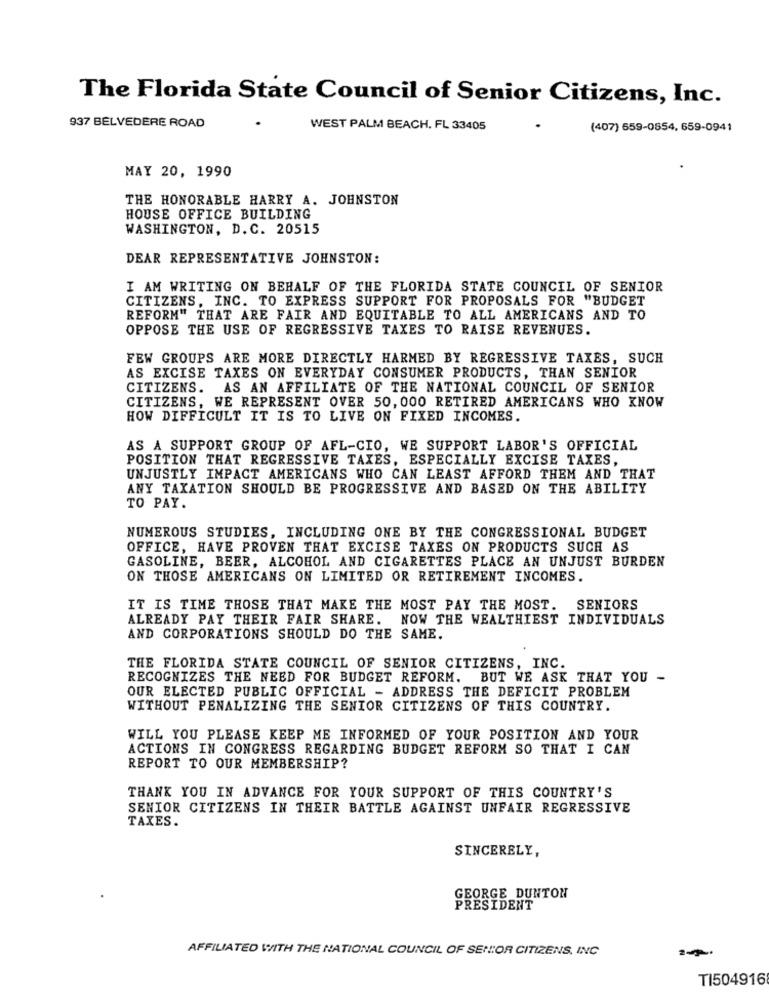
The Florida State Council of Senior Citizens, Inc.
937 BELVEDERE ROAD
WEST PALM BEACH, FL 33405
(407) 659-0854, 659-0941
MAY 20, 1990
THE HONORABLE HARRY A. JOHNSTON
HOUSE OFFICE BUILDING
WASHINGTON, D. C. 20515
DEAR REPRESENTATIVE JOHNSTON:
I AM WRITING ON BEHALF OF THE FLORIDA STATE COUNCIL OF SENIOR
CITIZENS, INC. TO EXPRESS SUPPORT FOR PROPOSALS FOR "BUDGET
REFORM" THAT ARE FAIR AND EQUITABLE TO ALL AMERICANS AND TO
OPPOSE THE USE OF REGRESSIVE TAXES TO RAISE REVENUES.
FEW GROUPS ARE MORE DIRECTLY HARMED BY REGRESSIVE TAXES, SUCH
AS EXCISE TAXES ON EVERYDAY CONSUMER PRODUCTS, THAN SENIOR
CITIZENS. AS AN AFFILIATE OF THE NATIONAL COUNCIL OF SENIOR
CITIZENS, WE REPRESENT OVER 50, 000 RETIRED AMERICANS WHO KNOW
HOW DIFFICULT IT IS TO LIVE ON FIXED INCOMES.
AS A SUPPORT GROUP OF AFL-CIO, WE SUPPORT LABOR'S OFFICIAL
POSITION THAT REGRESSIVE TAXES, ESPECIALLY EXCISE TAXES,
UNJUSTLY IMPACT AMERICANS WHO CAN LEAST AFFORD THEM AND THAT
ANY TAXATION SHOULD BE PROGRESSIVE AND BASED ON THE ABILITY
TO PAY.
NUMEROUS STUDIES, INCLUDING ONE BY THE CONGRESSIONAL BUDGET
OFFICE, HAVE PROVEN THAT EXCISE TAXES ON PRODUCTS SUCH AS
GASOLINE, BEER, ALCOHOL AND CIGARETTES PLACE AN UNJUST BURDEN
ON THOSE AMERICANS ON LIMITED OR RETIREMENT INCOMES.
IT IS TIME THOSE THAT MAKE THE MOST PAY THE MOST. SENIORS
ALREADY PAY THEIR FAIR SHARE.
NOW THE WEALTHIEST INDIVIDUALS
AND CORPORATIONS SHOULD DO THE SAME.
THE FLORIDA STATE COUNCIL OF SENIOR CITIZENS, INC.
RECOGNIZES THE NEED FOR BUDGET REFORM. BUT WE ASK THAT YOU -
OUR ELECTED PUBLIC OFFICIAL - ADDRESS THE DEFICIT PROBLEM
WITHOUT PENALIZING THE SENIOR CITIZENS OF THIS COUNTRY.
WILL YOU PLEASE KEEP ME INFORMED OF YOUR POSITION AND YOUR
ACTIONS IN CONGRESS REGARDING BUDGET REFORM SO THAT I CAN
REPORT TO OUR MEMBERSHIP?
THANK YOU IN ADVANCE FOR YOUR SUPPORT OF THIS COUNTRY'S
SENIOR CITIZENS IN THEIR BATTLE AGAINST UNFAIR REGRESSIVE
TAXES.
SINCERELY,
BORGE DUNTON
PRESIDENT
AFFILIATED WITH THE NATIONAL COUNCIL OF SENIOR CITIZENS, INC
TI504916